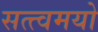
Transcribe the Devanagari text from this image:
सत्त्वमयो